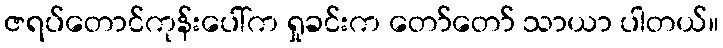
ဇရပ်တောင်ကုန်းပေါ်က ရှုခင်းက တော်တော် သာယာ ပါတယ်။